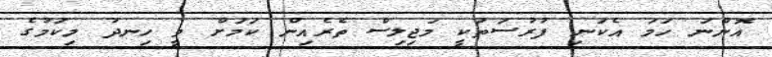
އޮންނަ ހަމަ އެކަނި ފުރުސަތަކީ މަޖިލިސް ތެރެއިން ކަމަށް ވީ ހިނދު މިކަމުގެ